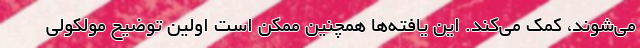
می‌شوند، کمک می‌کند. این یافته‌ها همچنین ممکن است اولین توضیح مولکولی